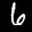
Label: 6